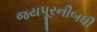
જયપૂરનીબધી